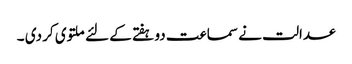
عدالت نے سماعت دو ہفتے کے لئے ملتوی کر دی ۔